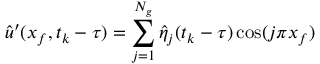
\hat { u } ^ { \prime } ( x _ { f } , t _ { k } - \tau ) = \sum _ { j = 1 } ^ { N _ { g } } \hat { \eta } _ { j } ( t _ { k } - \tau ) \cos ( j \pi x _ { f } )